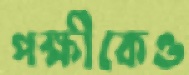
পক্ষীকেও